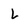
Character: L